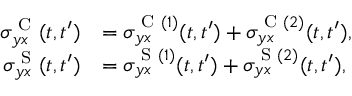
\begin{array} { r l } { \sigma _ { y x } ^ { \textrm { C } } ( t , t ^ { \prime } ) } & { = \sigma _ { y x } ^ { \textrm { C } ( 1 ) } ( t , t ^ { \prime } ) + \sigma _ { y x } ^ { \textrm { C } ( 2 ) } ( t , t ^ { \prime } ) , } \\ { \sigma _ { y x } ^ { \textrm { S } } ( t , t ^ { \prime } ) } & { = \sigma _ { y x } ^ { \textrm { S } ( 1 ) } ( t , t ^ { \prime } ) + \sigma _ { y x } ^ { \textrm { S } ( 2 ) } ( t , t ^ { \prime } ) , } \end{array}